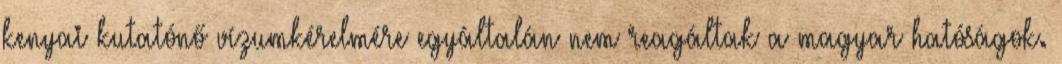
kenyai kutatónő vízumkérelmére egyáltalán nem reagáltak a magyar hatóságok.